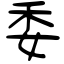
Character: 委